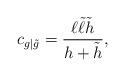
LaTeX: \begin{align*}c_{g| \tilde{g}}=\frac{\ell \tilde{\ell}\tilde{h}}{h+\tilde{h}},\end{align*}